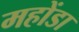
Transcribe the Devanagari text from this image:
महोंडा